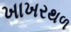
ખાખરથળ